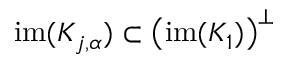
\mathrm { i m } ( K _ { j , \alpha } ) \subset \left( \mathrm { i m } ( K _ { 1 } ) \right) ^ { \perp }